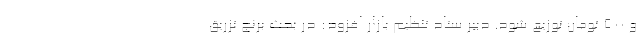
و ۵۰۰ تومان توزیع شود. دبیر ستاد تنظیم بازار افزود: در بحث برنج تزریق